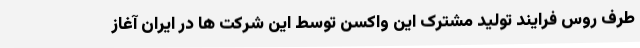
طرف روس فرایند تولید مشترک این واکسن توسط این شرکت ها در ایران آغاز